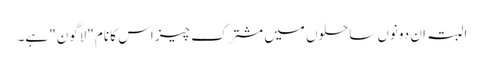
البتہ ان دونوں ساحلوں میں مشترک چیز اس کا نام "لاگون" ہے۔